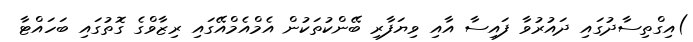
)އިގްތިސާދުގައި ދައުރުވާ ފައިސާ އާއި ވިޔަފާރި ބޭންކުތަކުން އެމްއެމްއޭގައި ރިޒާވްގެ ގޮތުގައި ބަހައްޓާ